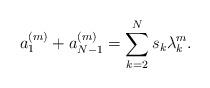
LaTeX: \begin{align*}a_{1}^{(m)}+a_{N-1}^{(m)}=\sum_{k=2}^N s_k\lambda_k^m.\end{align*}